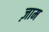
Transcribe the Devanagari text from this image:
ज़ाम